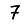
Digit: 7